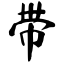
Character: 带